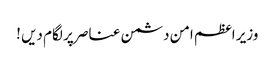
وزیر اعظم امن دشمن عناصر پر لگام دیں !